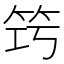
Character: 𥬤